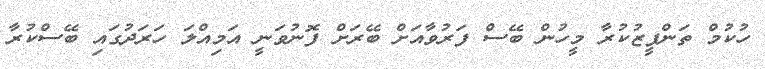
ހުކުމް ތަންފީޒުކުރާ މީހުން ބޭސް ފަރުވާއަށް ބޭރަށް ފޮނުވަނީ އަމިއްލަ ހަރަދުގައި ބޭސްކުރާ